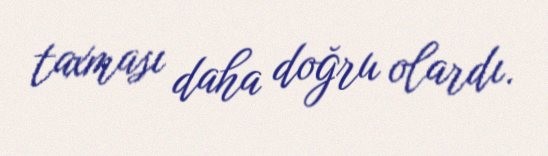
taxması daha doğru olardı.